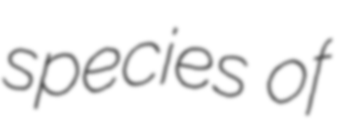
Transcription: species of